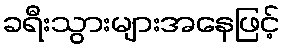
ခရီးသွားများအနေဖြင့်